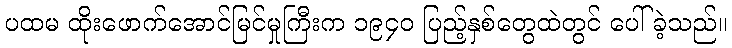
ပထမ ထိုးဖောက်အောင်မြင်မှုကြီးက ၁၉၄၀ ပြည့်နှစ်တွေထဲတွင် ပေါ်ခဲ့သည်။